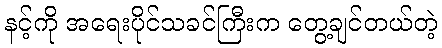
နင့်ကို အရေးပိုင်သခင်ကြီးက တွေ့ချင်တယ်တဲ့